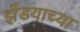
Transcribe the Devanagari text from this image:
झेंडयाच्या